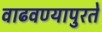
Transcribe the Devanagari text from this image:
वाढवण्यापुरते